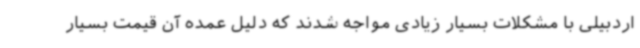
اردبیلی با مشکلات بسیار زیادی مواجه شدند که دلیل عمده آن قیمت بسیار